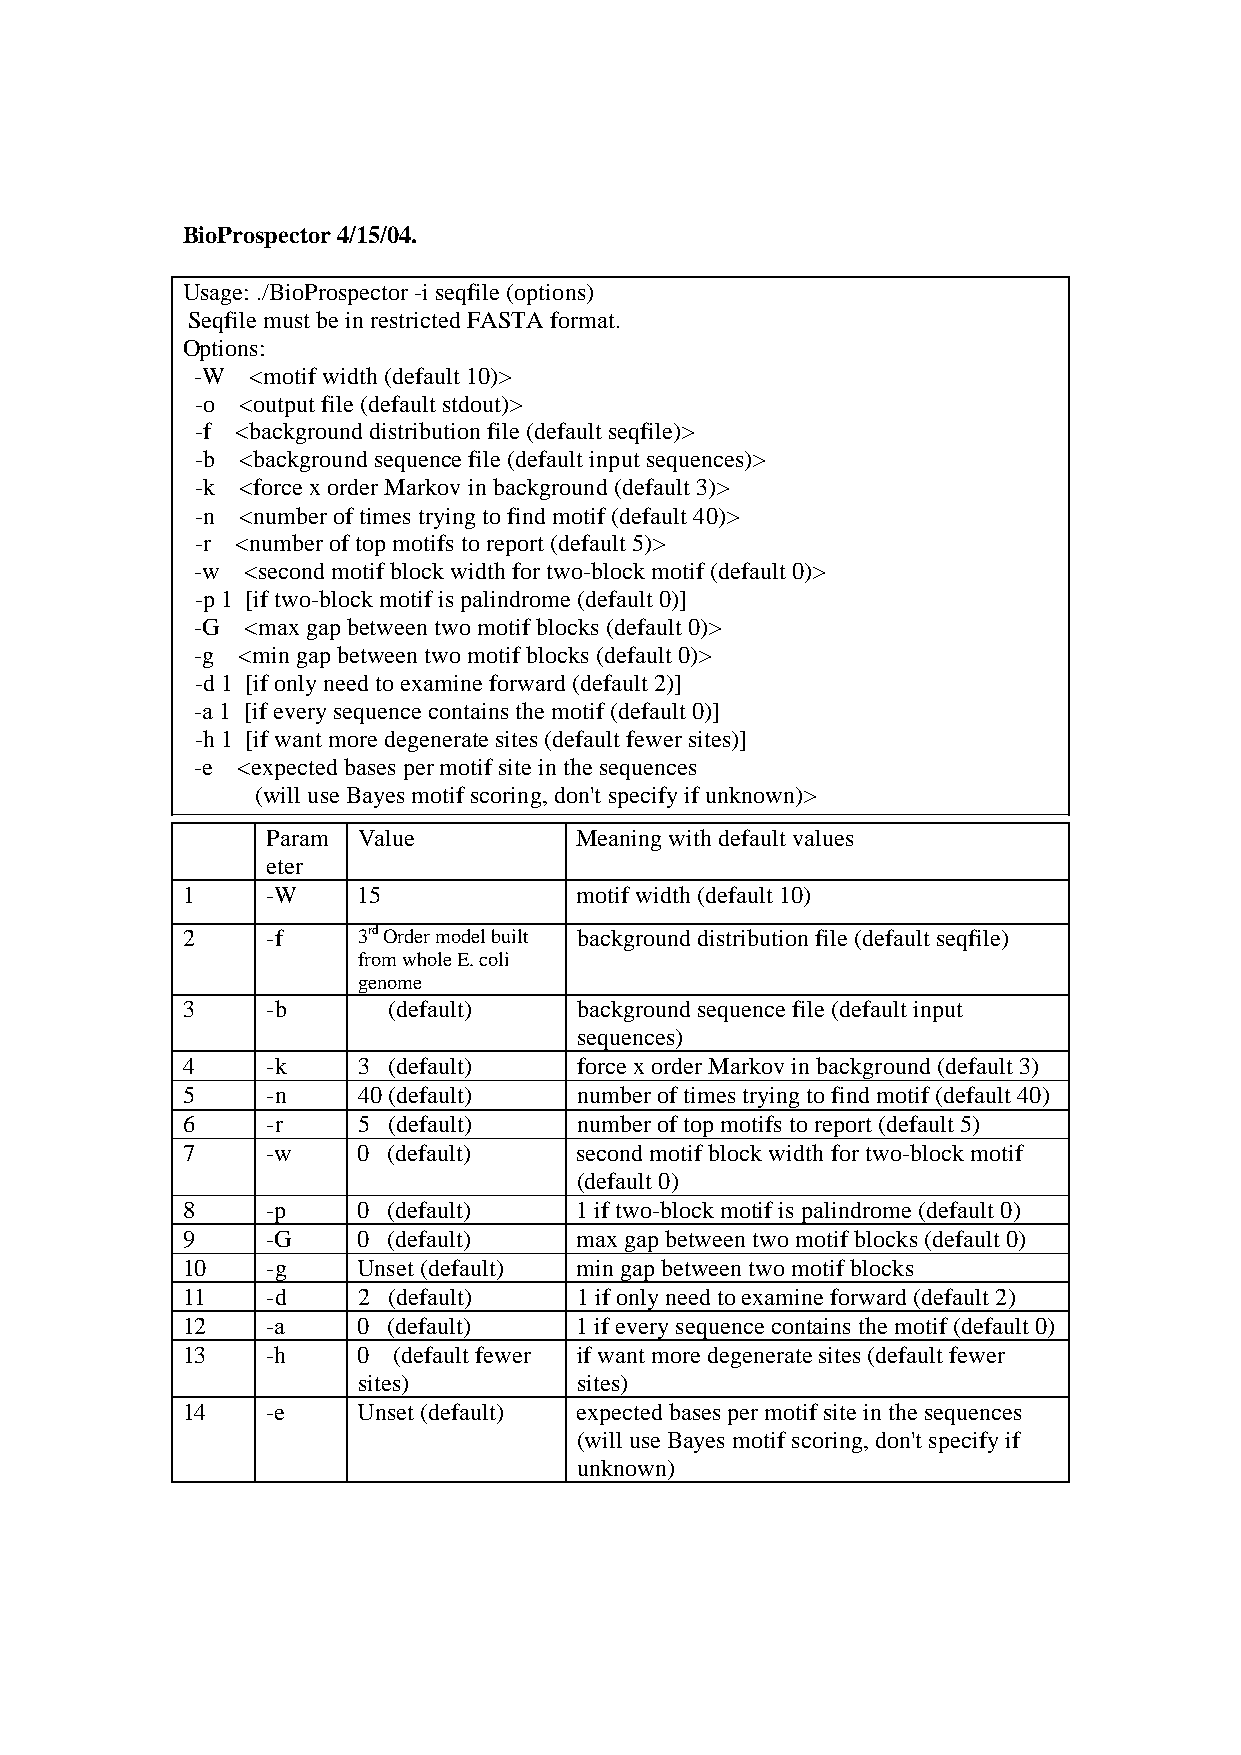
BioProspector 4/15/04.
 Usage: ./BioProspector -i seqfile (options)
 Seqfile must be in restricted FASTA format.
 Options:
 -W  <motif width (default 10)>
 -o <output file (default stdout)>
 -f <background distribution file (default seqfile)>
 -b <background sequence file (default input sequences)>
 -k <force x order Markov in background (default 3)>
 -n <number of times trying to find motif (default 40)>
 -r <number of top motifs to report (default 5)>
 -w <second motif block width for two-block motif (default 0)>
 -p 1 [if two-block motif is palindrome (default 0)]
 -G <max gap between two motif blocks (default 0)>
 -g <min gap between two motif blocks (default 0)>
 -d 1 [if only need to examine forward (default 2)]
 -a 1 [if every sequence contains the motif (default 0)]
 -h 1 [if want more degenerate sites (default fewer sites)]
 -e <expected bases per motif site in the sequences
 (will use Bayes motif scoring, don't specify if unknown)>
 Param Value         Meaning with default values
 eter
 1     -W    15            motif width (default 10)
 2     -f    3rd Order model built background distribution file (default seqfile)
 from whole E. coli
 genome
 3     -b      (default)   background sequence file (default input
 sequences)
 4     -k    3 (default)   force x order Markov in background (default 3)
 5     -n    40 (default)  number of times trying to find motif (default 40)
 6     -r    5 (default)   number of top motifs to report (default 5)
 7     -w    0 (default)   second motif block width for two-block motif
 (default 0)
 8     -p    0 (default)   1 if two-block motif is palindrome (default 0)
 9     -G    0 (default)   max gap between two motif blocks (default 0)
 10    -g    Unset (default) min gap between two motif blocks
 11    -d    2 (default)   1 if only need to examine forward (default 2)
 12    -a    0 (default)   1 if every sequence contains the motif (default 0)
 13    -h    0 (default fewer if want more degenerate sites (default fewer
 sites)        sites)
 14    -e    Unset (default) expected bases per motif site in the sequences
 (will use Bayes motif scoring, don't specify if
 unknown)